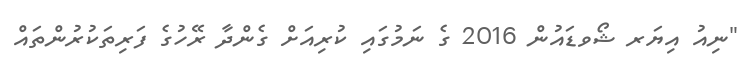
"ނިއު އިޔަރ ޝޯވޑައުން 2016 ގެ ނަމުގައި ކުރިއަށް ގެންދާ ރޭހުގެ ފަރިތަކުރުންތައް